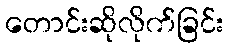
တောင်းဆိုလိုက်ခြင်း